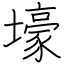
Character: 壕